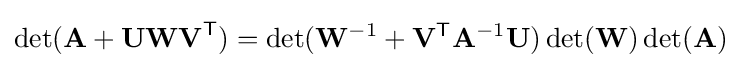
\det(\mathbf {A} +\mathbf {UWV} ^{\textsf {T}})=\det(\mathbf {W} ^{-1}+\mathbf {V} ^{\textsf {T}}\mathbf {A} ^{-1}\mathbf {U} )\det(\mathbf {W} )\det(\mathbf {A} )